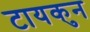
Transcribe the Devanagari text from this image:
टायकुन